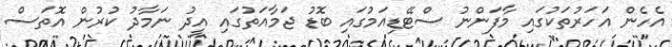
އެހެން އަހަރުތަކުގައި މާފަންނު ސްޓޭޑިއަމުގައި ބޮޑު ޖަމާއަތުގައި އީދު ނަމާދު ކުރުން އޮތަސް